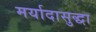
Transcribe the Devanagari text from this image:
मर्यादासुद्धा